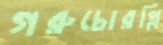
গরুচোরপ্লি